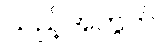
သည့်အတွက်